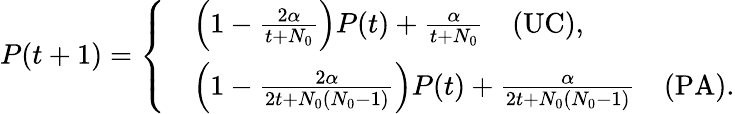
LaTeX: P(t+1)=\left\{ \begin{array}{rl}&{\Big(1-\frac{2\alpha}{t+N_{0}}\Big)P(t)+\frac{\alpha}{t+N_{0}}\quad\mathrm{(UC)},}\\ &{\Big(1-\frac{2\alpha}{2t+N_{0}(N_{0}-1)}\Big)P(t)+\frac{\alpha}{2t+N_{0}(N_{0}-1)}\quad\mathrm{(PA)}.}\end{array}\right.